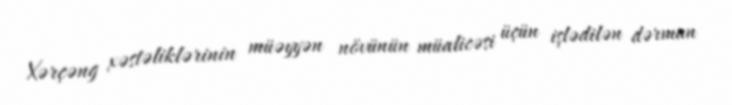
Xərçəng xəstəliklərinin müəyyən növünün müalicəsi üçün işlədilən dərman